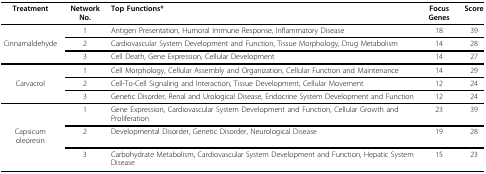
| Treatment | Network No. | Top Functions* | Focus Genes | Score |
 | --- | --- | --- | --- | --- |
 |  | 1 | Antigen Presentation, Humoral Immune Response, Inflammatory Disease | 18 | 39 |
 | Cinnamaldehyde | 2 | Cardiovascular System Development and Function, Tissue Morphology, Drug Metabolism | 14 | 28 |
 |  | 3 | Cell Death, Gene Expression, Cellular Development | 14 | 27 |
 |  | 1 | Cell Morphology, Cellular Assembly and Organization, Cellular Function and Maintenance | 14 | 29 |
 | Carvacrol | 2 | Cell-To-Cell Signaling and Interaction, Tissue Development, Cellular Movement | 12 | 24 |
 |  | 3 | Genetic Disorder, Renal and Urological Disease, Endocrine System Development and Function | 12 | 24 |
 |  | 1 | Gene Expression, Cardiovascular System Development and Function, Cellular Growth and Proliferation | 23 | 39 |
 | Capsicum oleoresin | 2 | Developmental Disorder, Genetic Disorder, Neurological Disease | 19 | 28 |
 |  | 3 | Carbohydrate Metabolism, Cardiovascular System Development and Function, Hepatic System Disease | 15 | 23 |